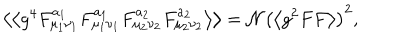
\left\langle \left\langle g ^ { 4 } F _ { \mu _ { 1 } \nu _ { 1 } } ^ { a _ { 1 } } F _ { \mu _ { 1 } \nu _ { 1 } } ^ { a _ { 1 } } F _ { \mu _ { 2 } \nu _ { 2 } } ^ { a _ { 2 } } F _ { \mu _ { 2 } \nu _ { 2 } } ^ { a _ { 2 } } \right\rangle \right\rangle = \mathcal { N } \left( \left\langle g ^ { 2 } F F \right\rangle \right) ^ { 2 } ,